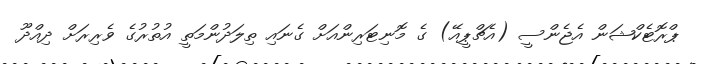
ޕްރޮޓެކްޝަން އެޖެންސީ (އެޗްޕީއޭ) ގެ މޮނިޓަރިންއަށް ގެނައި ތިލަދުންމަތީ އުތުރުގެ ވެރިރަށް ދިއްދޫ